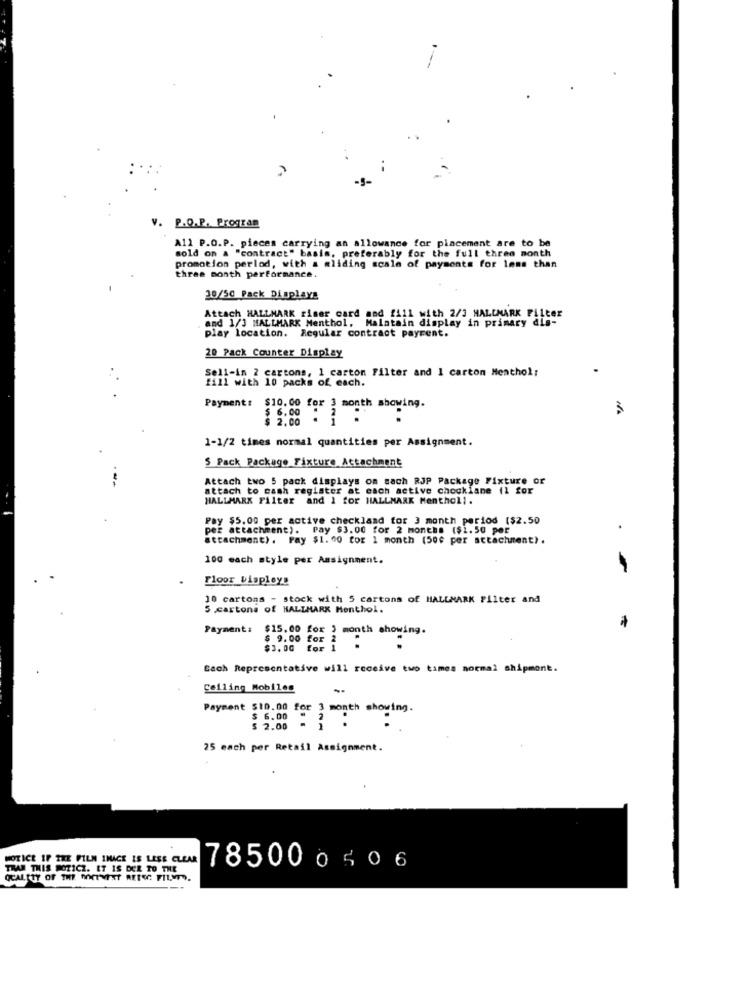
V. P.O.P. Program
All P.O.P. pieces carrying an allowance for placement are to be
sold on a "contract" basis, preferably for the full three month
promotion perlod, with a sliding scale of payments for less than
three month performance.
20/50 Pack Displays
Attach HALLMARK riser card nad f111 with 2/3 HALLMARK Filter
and 1/3 HALLMARK Menthol, Maintain display in primary dis-
play location. Regular contract payrent.
20 Pack Counter Display
Sell-in 2 cartons, 1 carton Filter and I carton Menthol:
fill with 10 packs of each.
Payment :
$10.00 for 3 month showing.
3
1-1/2 times normal quantities per Assignment.
S Pack Package Fixture Attachment
Attach two 5 pack displays on sach RJP Package Fixture or
attach to cash register at each active chocklane il for
HALLMARK Filter and 1 for HALLMARK Menthol !.
Pay $5.00 per active checkland for 3 month period ($2.50
per attachment). Pay $3.00 for 2 months ($1.50 per"
.
attachment). Pay $1.00 for 1 month (500 per attachment).
100 each style per Assignment.
Floor bispleys
10 cartons - stock with 5 cartons of HALLMARK Filter and
5 .cartons of HALLMARK Menthol.
Payment: $15.00 for 3 month showing.
$ 9.00 for
$3.0G for
Bach Representative will receive two times normal shipment.
Ceiling Mobiles
Payment $10.00 for 3 month showing.
$ 6.00
$ 2.00
..
25 each per Retail Assignment.
NOTICE IF THE FILM IMAGE IS LESE CLEAR
TRAM THIS POZICZ. ET IS DER TO THE
785000506
OCALETY OF THE METVINT ARTEC FILMTO.